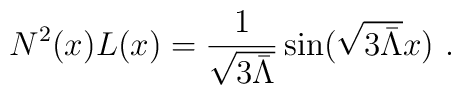
N^2(x)L(x)=\frac{1}{\sqrt{3\bar\Lambda}}\sin(\sqrt{3\bar\Lambda}x) \ .